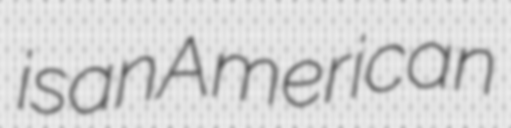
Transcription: is an American